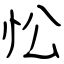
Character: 忪